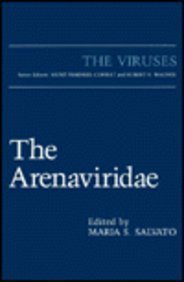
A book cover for The Arenaviridae (The Viruses); Medical Books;